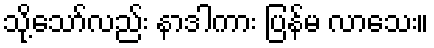
သို့သော်လည်း နာဒါကား ပြန်မ လာသေး။